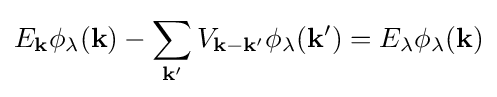
E_{\mathbf {k} }\phi _{\lambda }(\mathbf {k} )-\sum _{\mathbf {k'} }V_{\mathbf {k} -\mathbf {k'} }\phi _{\lambda }(\mathbf {k'} )=E_{\lambda }\phi _{\lambda }(\mathbf {k} )